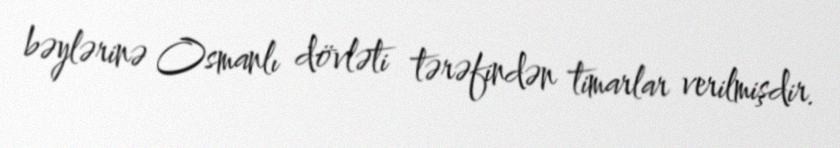
bəylərinə Osmanlı dövləti tərəfindən timarlar verilmişdir.